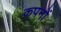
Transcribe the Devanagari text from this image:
कपनों